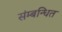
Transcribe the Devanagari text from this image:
संम्बन्धित